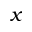
x